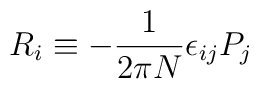
R_i\equiv -{1\over 2\pi N} \epsilon_{ij} P_j